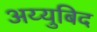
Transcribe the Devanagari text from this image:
अय्युबिद